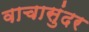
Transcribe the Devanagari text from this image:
वाचासुंदर